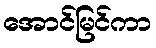
အောင်မြင်ကာ